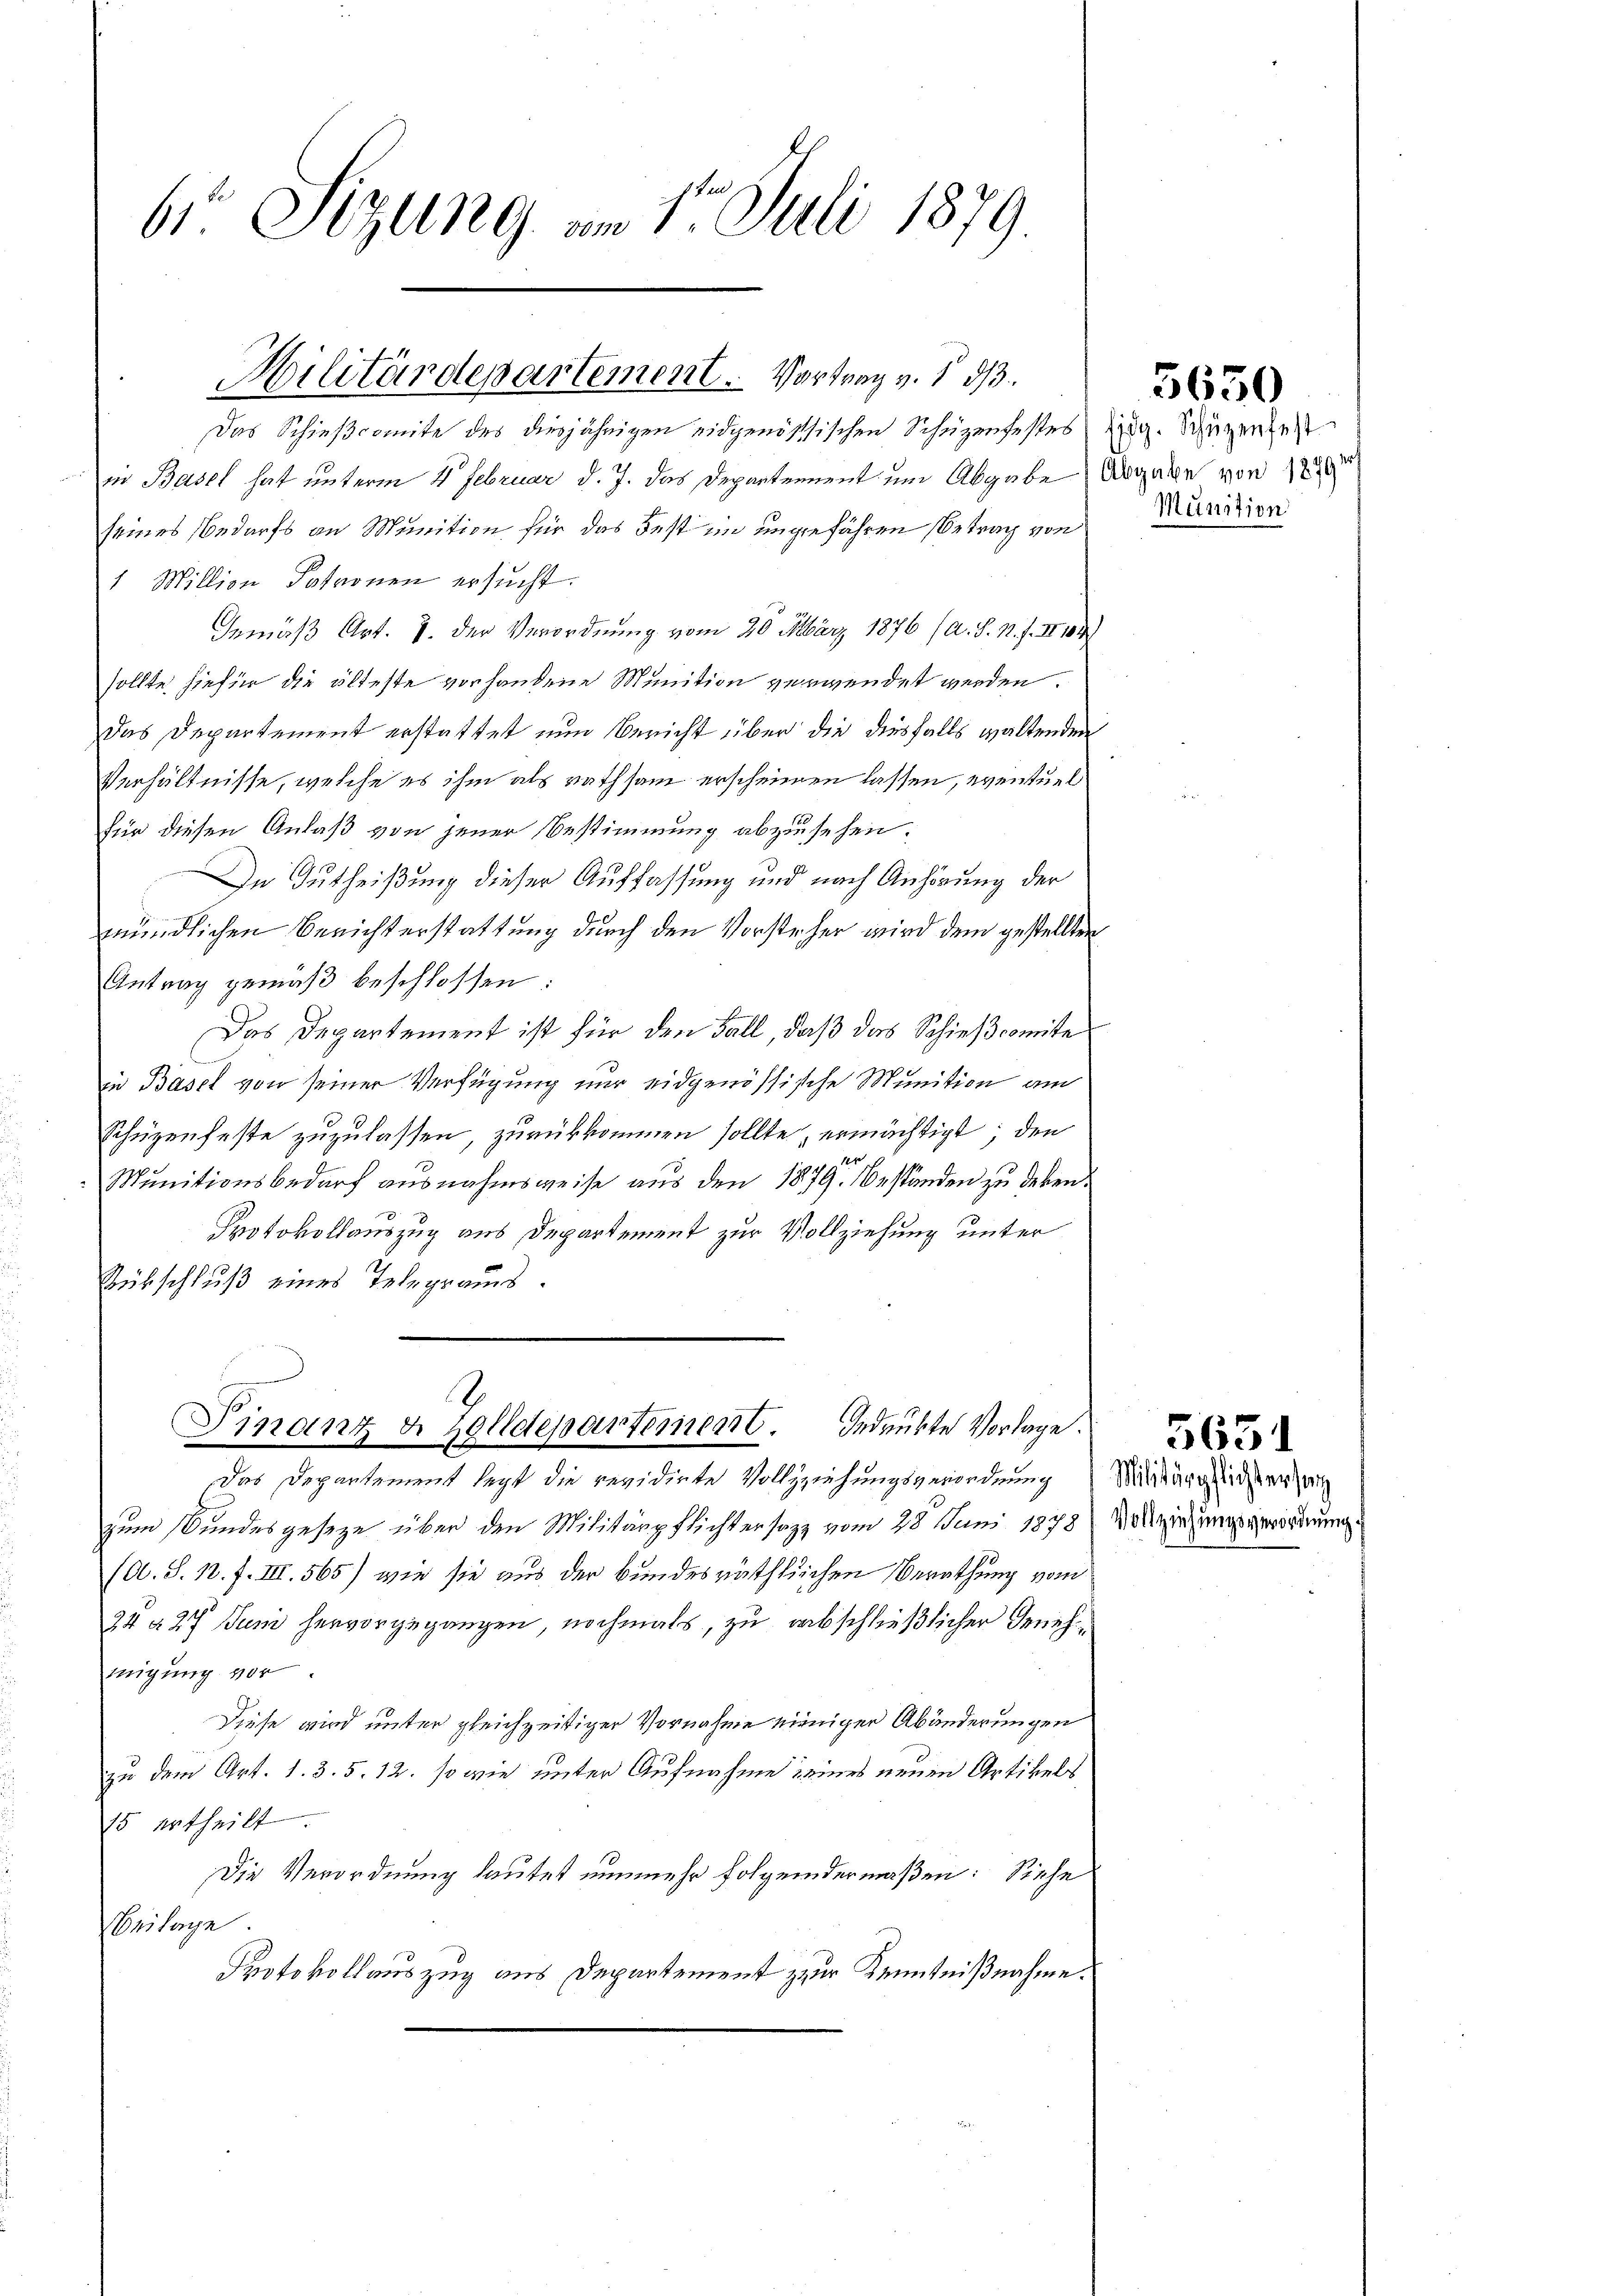
6r Sitzung am 1. Juli 1879.

Hilitärdepartement. Vortrag v. 1813.
.

Das Schießcomite des diesjährigen eidgenössischen Schüzenfestessig. Schurenzeit
die Basel hat unterm 4. Februar d. J. das Departement um Abgabe Abgabe von 12
seines Bedarfs an Munition für das Fest im ungefähren Betrag von
1 Million Patronen ersucht.
Gemäß Art. 7. der Verordnung vom 20. März 1876 (a. S. M. f. II 104
sollte hiefür die älteste vorhandene Munition verwendet werden.
Das Departement erstattet nun Bericht über die diesfalls waltenden
Verhältnisse, welche es ihm als rathsam erscheinen lassen, eventuel
für diesen Anlaß von jener Bestimmung abzusehen.
In Gutheißung dieser Auffassung und nach Anhörung der
mündlichen Berichterstattung durch den Vorsteher wird dem gestellten
Antrag gemäβ beschlossen:
Das Departement ist für den Fall, daß das Schiescomite
in Basel von seiner Verfügung nur eidgenössische Munition am
Schüzenfeste zuzulassen, zurükkommen sollte, ermächtigt; den
Munitionsbedarf ausnahmsweise aus den 1879. Beständen zu deben¬
Protokollauszug aus Departement zur Vollziehung unter
Rübschluß eines Telegraus.
Finanz u. Zolldepartement. Gedrükte Vorlage.
Das Departement legt die revidirte Vollziehungsverordnung Miningleichen sein
zum Stundesgeseze über den Militärpflichter sozz vom 28. Juni 1878 anziehungsverordnung
(O. S. 10. f. III. 565) wie sie aus der Bundesräthlichen Berathung vom
34 § 27 Juni hervorgegangen, nochmals, zu abschließlicher Genehmigung vor
Diese wird unter gleichzeitiger Vornahme einiger Abänderungen
zu dem Art. 1. 3. 5. 12. so wie unter Aufnahme eines neuen Artikels
15 ertheilt.
Die Verordnung lautet nunmehr folgendermaßen: Siehe
Beilage
Protokollauszug aus Departement zur Kenntnißnahme.

Munition

5650

5651